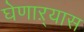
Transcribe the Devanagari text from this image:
घेणाऱ्यास